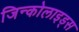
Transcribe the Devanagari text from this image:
जिन्कोलाइड्स